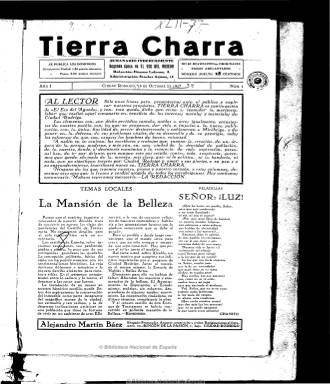
Título: Tierra charra
Colección: Periódicos
Ámbito geográfico: Salamanca
Lugar de publicación: Ciudad Rodrigo [Salamanca]
Fechas: 16/10/1927-28/12/1930

Semanario que se proclama “independiente” en su subtítulo y se publica en Ciudad Rodrigo desde el 16 de octubre de 1927, considerándose como “segunda época” de El eco del Agueda, otro semanario de carácter conservador y tono sosegado -según Ignacio Francia (2006)- que había estado editándose desde 1924 bajo la dirección de Jacinto Sánchez Rodríguez y Ramón Adiego, por lo que entre ambos títulos rodericenses se cubrirá no sólo todo el periodo primoriverista, sino que lo excederá en un año, al publicar Tierra Charra su último número el 28 de diciembre de 1930. El eco del Agueda había sido, por otra parte, el título que había adoptado la primera publicación periódica de Ciudad Rodrigo, en 1858, y que también había tomado otra entre 1877 y 1879.

Tierra charra será una publicación que aparecerá los domingos en entregas, generalmente, de doce páginas, como defensora de los intereses “morales y materiales” locales y comarcales, que mezclará artículos eruditos y divulgativos sobre la historia, tradiciones, costumbres, monumentos y el arte de la ciudad y la comarca, con otros reivindicativos sobre sus necesidades de desarrollo en comunicaciones, educación, etc. Dará cuenta de la vida social, cultural y festiva, junto a noticias de actualidad municipal, sucesos, comentarios varios. También dará cabida a textos de creación literaria, especialmente la poética, e, incluso, publicará un folletín, e insertará abundantes anuncios comerciales locales, al final. Asimismo publicará ilustraciones y viñetas humorísticas. Destaca también la inserción de fotografías de  Agustín Pazos, esquelas y semblanzas de mirobriguenses ilustres, etc.

En su primer editorial señalará que estará “por encima de banderías políticas”, pero cuando uno de sus colaboradores –el juez Salvador S. Terán- repase la vida del semanario en su último número, indicará que la publicación había coincidido “con el periodo de más brillante resurgir del pueblo… Tal vez, al coincidir las actividades políticas y las periodísticas, en un mismo anhelo”, y calificará a los regidores que había tenido la ciudad durante la dictadura militar como “inteligentes y altruistas”.

El semanario nunca indicará quien es su director o redactores y muchos de sus textos irán firmados con seudónimos. En sus páginas se darán cita “los literatos y hombres cultos de nuestro pueblo y del partido”, señalará Terán en su artículo de despedida, en donde dará cuenta de los nombres de estos y sus diferentes y diversas aportaciones a la publicación, entre estos el de Rosario Fuentes y sus artículos sobre la catedral cabecera de la diócesis civitatense. Arturo García Carrafa publicará “Una vuelta a la muralla”. La sección Temas locales los firma Remember.

Las colecciones de este título de la Biblioteca Nacional de España y de la Biblioteca de la Universidad de Salamanca se complementan. Una tercera etapa de esta cabecera aparecerá en 1978.